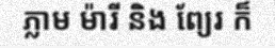
ភ្លាម ម៉ារី និង ព្យែរ ក៏